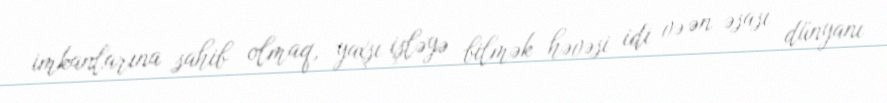
imkanlarına sahib olmaq, yaxşı işləyə bilmək həvəsi idi və ən əsası dünyanı